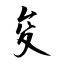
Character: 夋